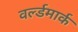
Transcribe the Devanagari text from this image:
वर्ल्डमार्क